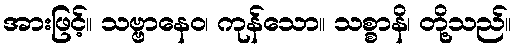
အားဖြင့်။ သဗ္ဗာနေဝ၊ ကုန်သော။ သစ္စာနိ၊ တို့သည်။